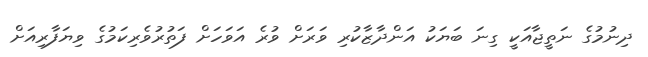
ދިނުމުގެ ނަތީޖާއަކީ ގިނަ ބަޔަކު އަންދާޒާކުރި ވަރަށް ވުރެ އަވަހަށް ފަތުރުވެރިކަމުގެ ވިޔަފާރިއަށް